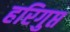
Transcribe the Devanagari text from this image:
हरिगुप्त